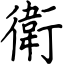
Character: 衛